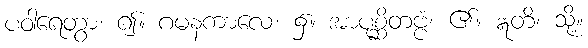
ပဝါရေတွာ၊ ၍။ ဂမနကာလေ၊ ၌။ အာပုစ္ဆိတဗ္ဗံ၊ ၏။ ဣတိ၊ သို့။